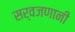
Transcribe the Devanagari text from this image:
सर्वजणानी